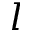
l